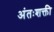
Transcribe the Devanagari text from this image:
अंतःशक्ती